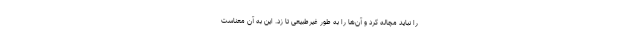
را نباید مچاله کرد و آن‌ها را به طور غیرطبیعی تا زد. این به آن معناست